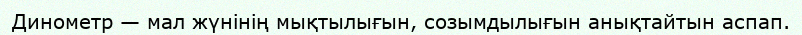
Динометр — мал жүнінің мықтылығын, созымдылығын анықтайтын аспап.